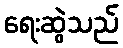
ရေးဆွဲသည်